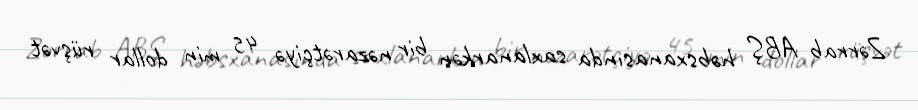
Zərrab ABŞ həbsxanasında saxlanarkən bir nəzarətçiyə 45 min dollar rüşvət